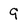
Character: 9